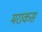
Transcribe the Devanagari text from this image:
मराकस